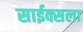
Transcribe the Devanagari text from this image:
साईक्सला